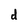
Character: d